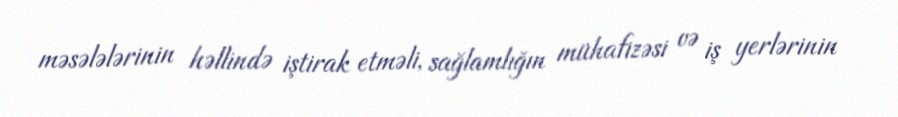
məsələlərinin həllində iştirak etməli, sağlamlığın mühafizəsi və iş yerlərinin